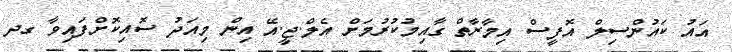
އައު ކައުންސިލް އޮފީސް އިމާރާތް ގާއިމުކުރުމަށް އެލް.ޖީ.އޭ އިން މިއަދު ސޮއިކޮށްފައިވާ ގދ